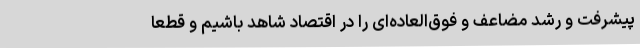
پیشرفت و رشد مضاعف و فوق‌العاده‌ای را در اقتصاد شاهد باشیم و قطعاً